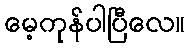
မေ့ကုန်ပါပြီလေ။